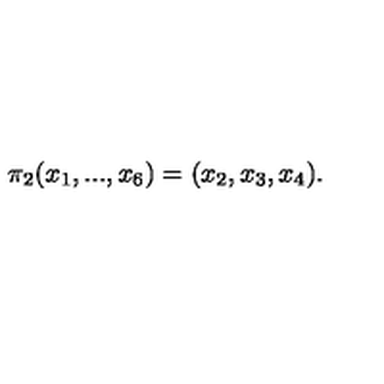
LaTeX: \pi _ { 2 } ( x _ { 1 } , . . . , x _ { 6 } ) = ( x _ { 2 } , x _ { 3 } , x _ { 4 } ) .